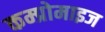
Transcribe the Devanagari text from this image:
कम्प्रोमाइज